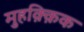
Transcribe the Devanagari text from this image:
मुहक़्क़िक